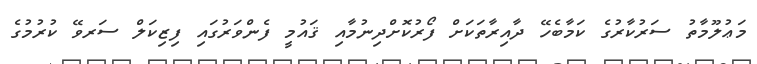
މަޢުލޫމާތު ސަރުކާރުގެ ކަމާބެހޭ ދާއިރާތަކަށް ފޯރުކޮށްދިނުމާއި ޤައުމީ ފެންވަރުގައި ފިޒިކަލް ސަރވޭ ކުރުމުގެ